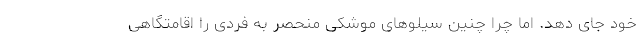
خود جای دهد. اما چرا چنین سیلوهای موشکی منحصر به فردی را اقامتگاهی